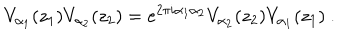
V _ { \alpha _ { 1 } } ( z _ { 1 } ) V _ { \alpha _ { 2 } } ( z _ { 2 } ) = e ^ { 2 \pi i \alpha _ { 1 } \alpha _ { 2 } } V _ { \alpha _ { 2 } } ( z _ { 2 } ) V _ { \alpha _ { 1 } } ( z _ { 1 } ) ~ .